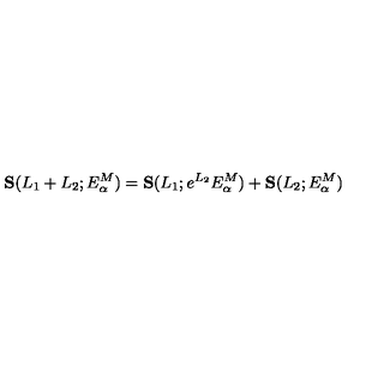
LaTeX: { \bf S } ( L _ { 1 } + L _ { 2 } ; E _ { \alpha } ^ { M } ) = { \bf S } ( L _ { 1 } ; e ^ { L _ { 2 } } E _ { \alpha } ^ { M } ) + { \bf S } ( L _ { 2 } ; E _ { \alpha } ^ { M } )